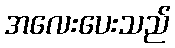
အလေးပေးသည်